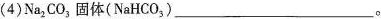
(4)Na_{2}CO_{3}固体(NaHCO_{3})___。